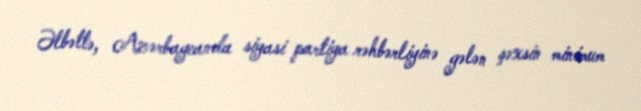
Əlbəttə, Azərbaycanda siyasi partiya rəhbərliyinə gələn şəxsin minimum